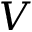
V